FBI Photo B2
Agency: FBI
Incident date: Late 2025
Incident location: Western United States
Page 1
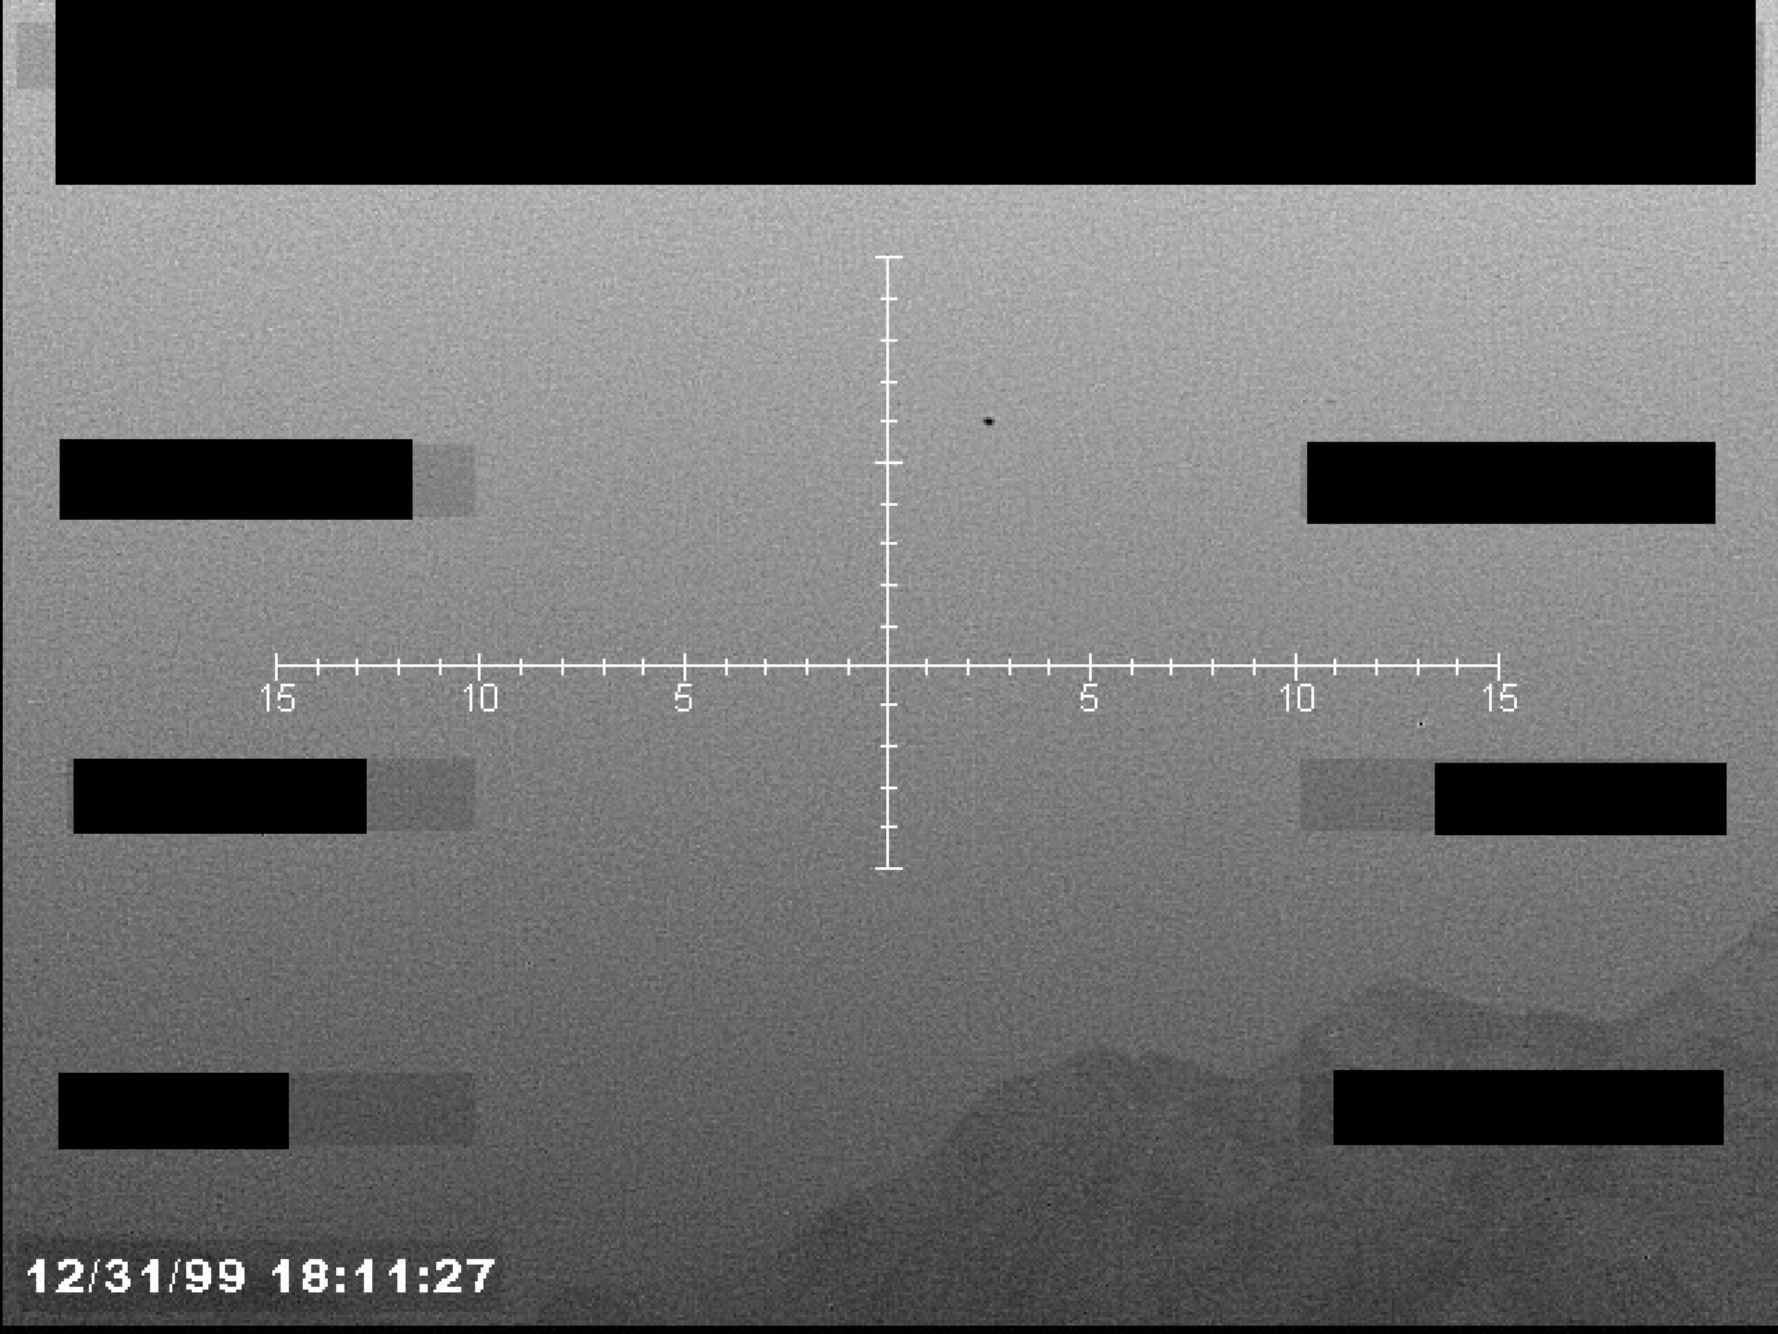